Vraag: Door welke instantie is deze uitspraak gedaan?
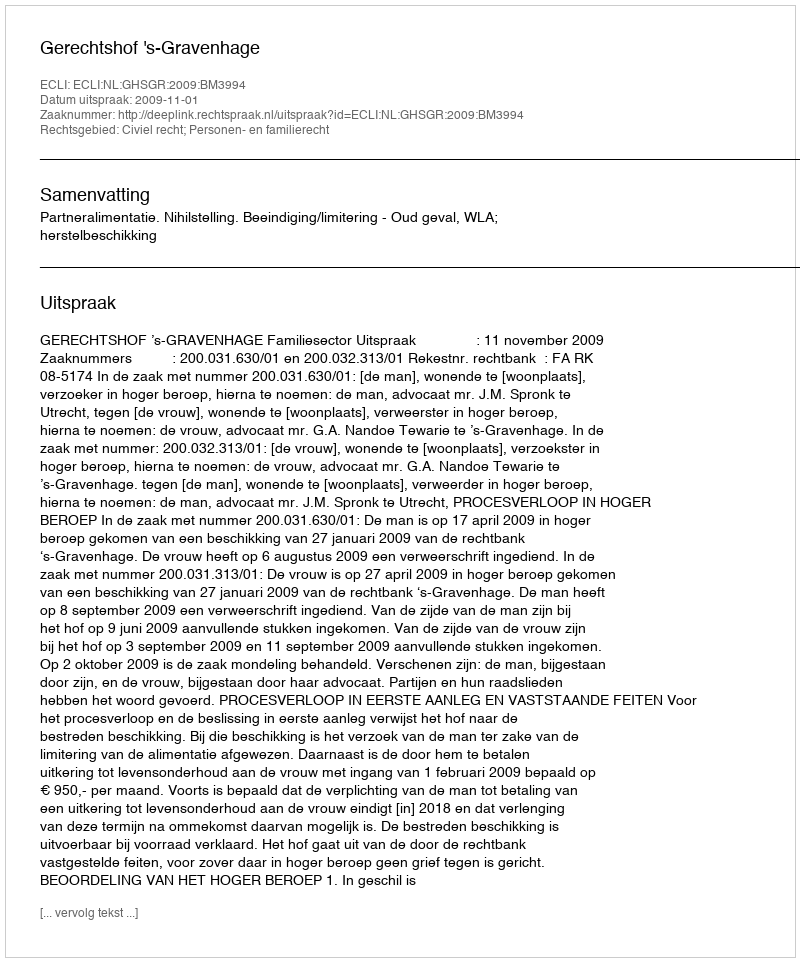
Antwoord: Gerechtshof 's-Gravenhage